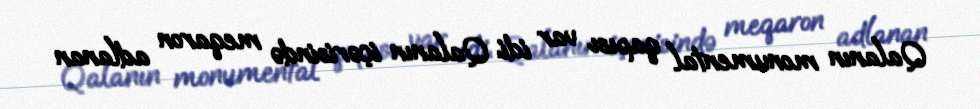
Qalanın monumental qapısı var idi. Qalanın içərisində meqaron adlanan